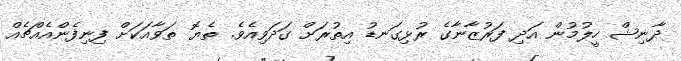
ދާނިޝް ހީލުމުން އަދި ފަރުޒާނާގެ ރުޅިގަނޑު އިތުރަށް ގަދަވިއެވެ. ތެޔޮ ތަވާއަކަށް ފިނިފެންއެއްޗެއް